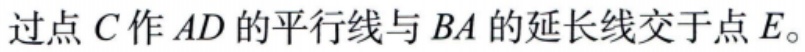
过点\(C\)作\(AD\)的平行线与\(BA\)的延长线交于点\(E\)。